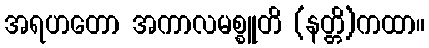
အရဟတော အကာလမစ္စူတိ (နတ္တိ)ကထာ။